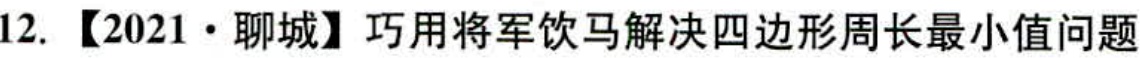
12. 【2021·聊城】巧用将军饮马解决四边形周长最小值问题